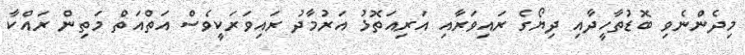
މިދެންނެވި ބޮޑުތާހީދާއި ދިޔޯގެ ރައިވަރާއި އަރިއަތޮޅު އަރުމާދު ރައިވަރަކީވެސް އަތްއަތް މަތިން ރައްކާ